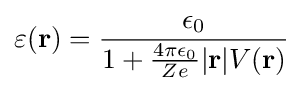
\varepsilon (\mathbf {r} )={\frac {\epsilon _{0}}{1+{\frac {4\pi \epsilon _{0}}{Ze}}|\mathbf {r} |V(\mathbf {r} )}}